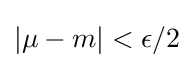
|\mu -m|<\epsilon /2